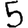
Digit: 5